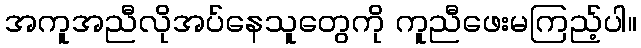
အကူအညီလိုအပ်နေသူတွေကို ကူညီဖေးမကြည့်ပါ။